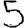
Digit: 5